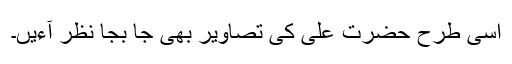
اسی طرح حضرت علی کی تصاویر بھی جا بجا نظر آءیں۔